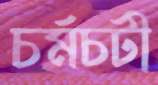
চর্মচটী